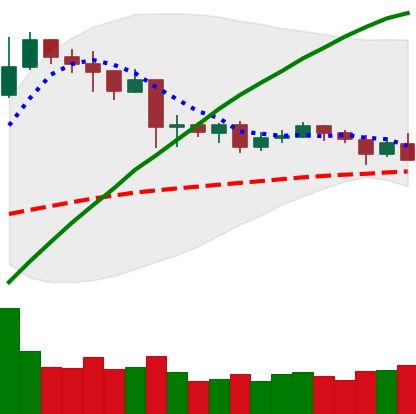
Ticker: NEO-USD
Chart end date: 2019-04-23
Forward return: -10.549%
Label: down_7plus